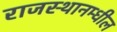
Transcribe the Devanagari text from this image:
राजस्थानम्धील